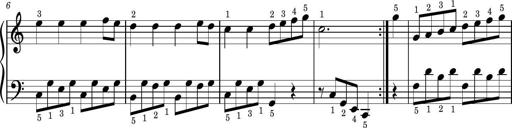
Title: Easy Progressive Lessons and 4 Sonatinas
Composer: Thomas Attwood